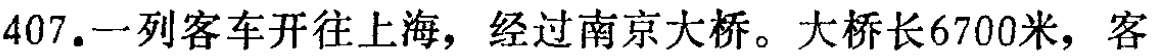
407.一列客车开往上海，经过南京大桥。大桥长6700米，客